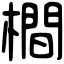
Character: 橺